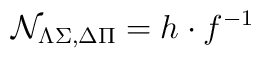
{\cal N}_{\Lambda\Sigma,\Delta \Pi}=h \cdot f^{-1}